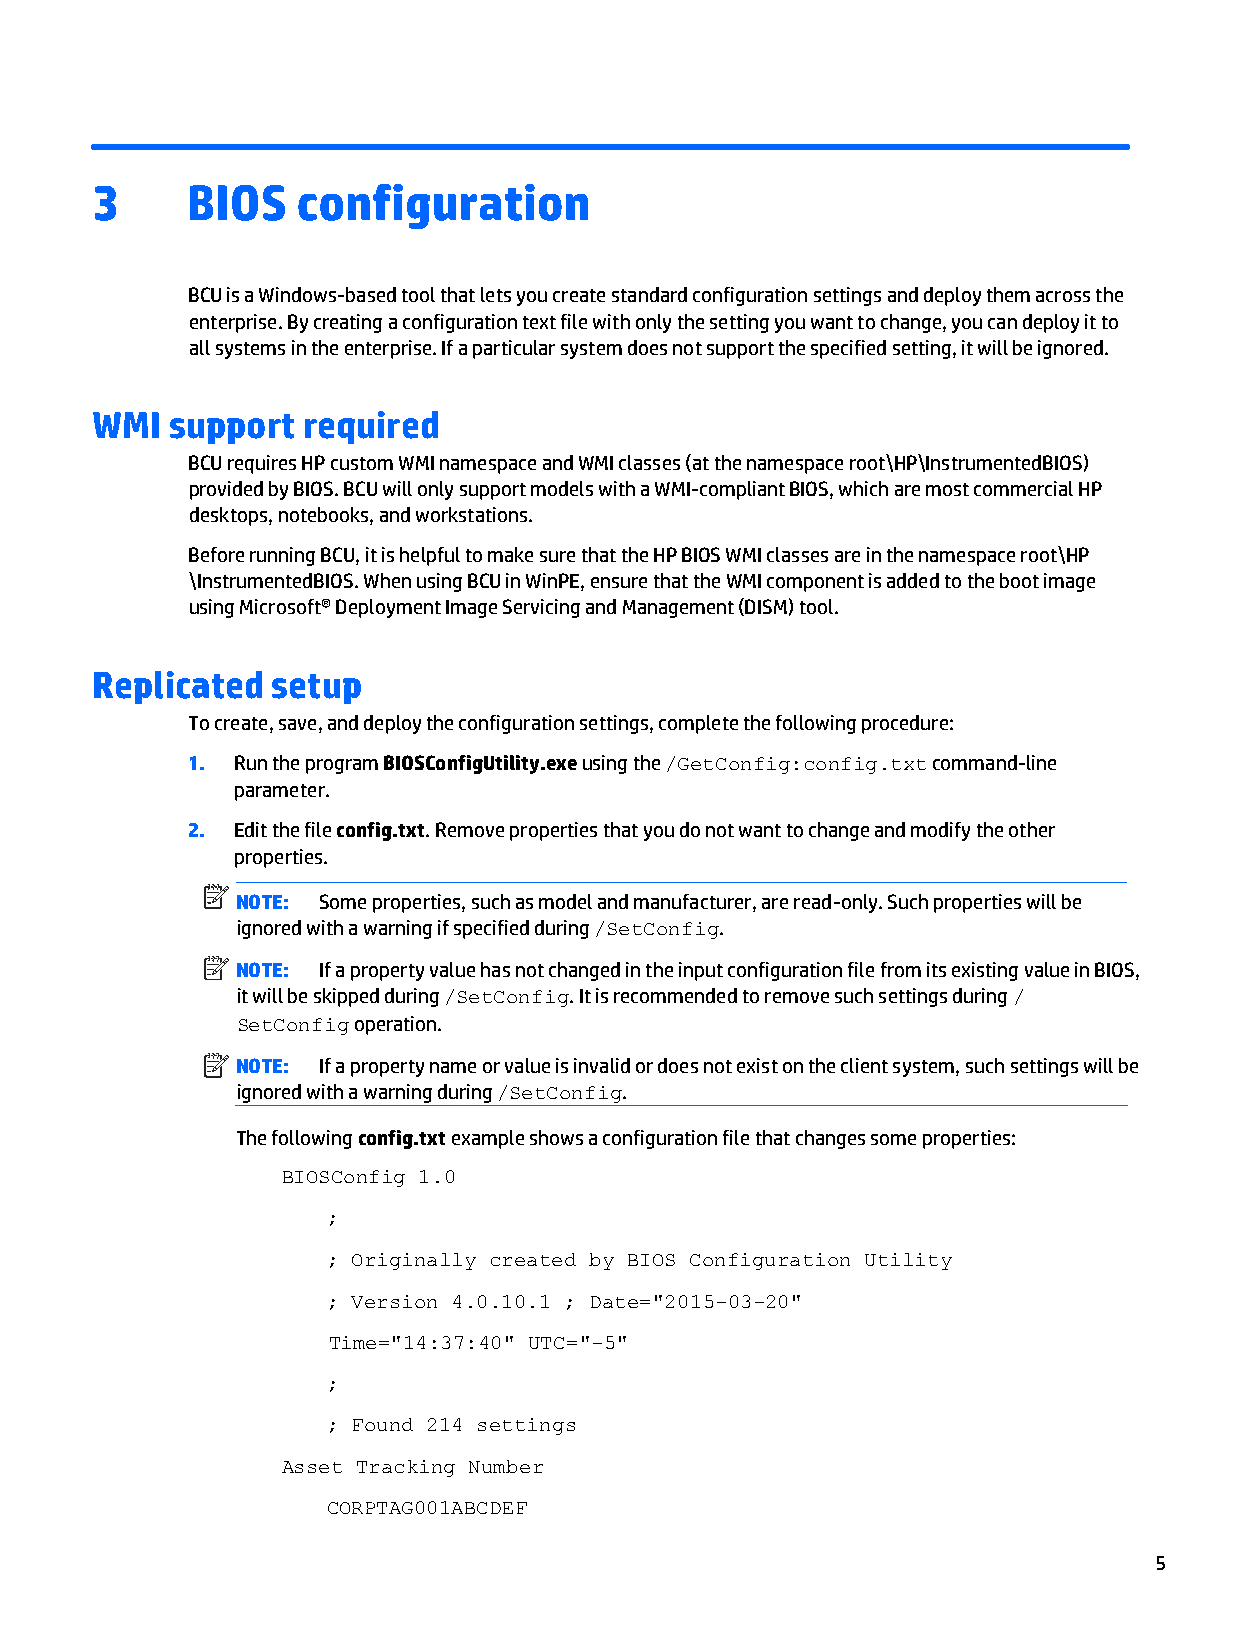
3     BIOS    configuration
 BCU is a Windows-based tool that lets you create standard configuration settings and deploy them across the
 enterprise. By creating a configuration text file with only the setting you want to change, you can deploy it to
 all systems in the enterprise. If a particular system does not support the specified setting, it will be ignored.
 WMI  support  required
 BCU requires HP custom WMI namespace and WMI classes (at the namespace root\HP\InstrumentedBIOS)
 provided by BIOS. BCU will only support models with a WMI-compliant BIOS, which are most commercial HP
 desktops, notebooks, and workstations.
 Before running BCU, it is helpful to make sure that the HP BIOS WMI classes are in the namespace root\HP
 \InstrumentedBIOS. When using BCU in WinPE, ensure that the WMI component is added to the boot image
 using Microsoft® Deployment Image Servicing and Management (DISM) tool.
 Replicated  setup
 To create, save, and deploy the configuration settings, complete the following procedure:
 1. Run the program BIOSConfigUtility.exe using the /GetConfig:config.txt command-line
 parameter.
 2. Edit the file config.txt. Remove properties that you do not want to change and modify the other
 properties.
 NOTE: Some properties, such as model and manufacturer, are read-only. Such properties will be
 ignored with a warning if specified during /SetConfig.
 NOTE: If a property value has not changed in the input configuration file from its existing value in BIOS,
 it will be skipped during /SetConfig. It is recommended to remove such settings during /
 SetConfig operation.
 NOTE: If a property name or value is invalid or does not exist on the client system, such settings will be
 ignored with a warning during /SetConfig.
 The following config.txt example shows a configuration file that changes some properties:
 BIOSConfig 1.0
 ;
 ; Originally created by BIOS Configuration Utility
 ; Version 4.0.10.1 ; Date="2015-03-20"
 Time="14:37:40" UTC="-5"
 ;
 ; Found 214 settings
 Asset Tracking Number
 CORPTAG001ABCDEF
 5